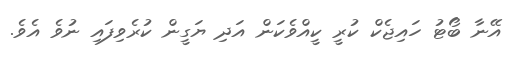
އޭނާ ބޯޓު ހައިޖެކް ކުރީ ކީއްވެކަން އަދި ޔަގީން ކުރެވިފައި ނުވެ އެވެ.